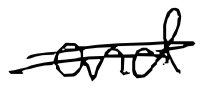
Text: and
Cross-out: double-line
Writing tool: digital_black